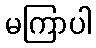
မကြာပါ